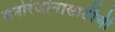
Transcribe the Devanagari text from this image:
मनोरंजांनासाठीची